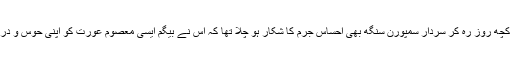
بیگم صاحب کے ساتھ کچھ روز رہ کر سردار سمپورن سنگھ بھی احساس جرم کا شکار ہو چلا تھا کہ اس نے بیگم ایسی معصوم عورت کو اپنی حوس و درندگی کا نشانہ بنایا تھا۔